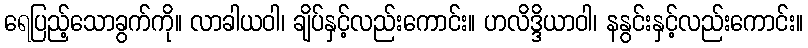
ရေပြည့်သောခွက်ကို။ လာခါယဝါ၊ ချိပ်နှင့်လည်းကောင်း။ ဟလိဒ္ဒိယာဝါ၊ နနွင်းနှင့်လည်းကောင်း။